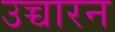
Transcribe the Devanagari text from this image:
उच्चारन